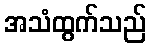
အသံထွက်သည်